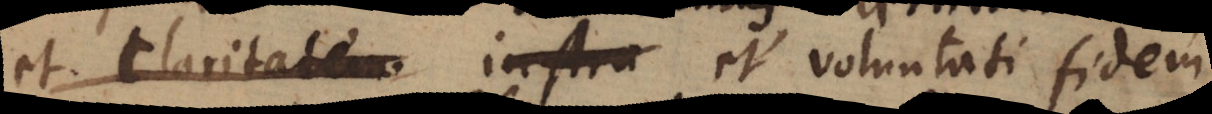
et Claritatem instru et voluntati fidem